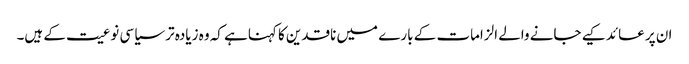
ان پر عائد کیے جانے والے الزامات کے بارے میں ناقدین کا کہناہے کہ وہ زیادہ تر سیاسی نوعیت کے ہیں۔